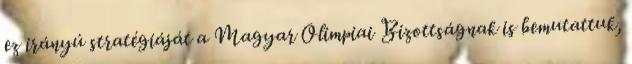
ez irányú stratégiáját a Magyar Olimpiai Bizottságnak is bemutattuk,